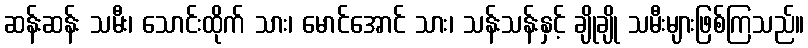
ဆန်းဆန်း သမီး၊ သောင်းထိုက် သား၊ မောင်အောင် သား၊ သန်းသန်းနှင့် ချိုချို သမီးများဖြစ်ကြသည်။